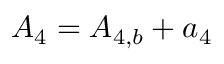
{ A _ { 4 } } = { A _ { 4 , b } } + { a _ { 4 } }